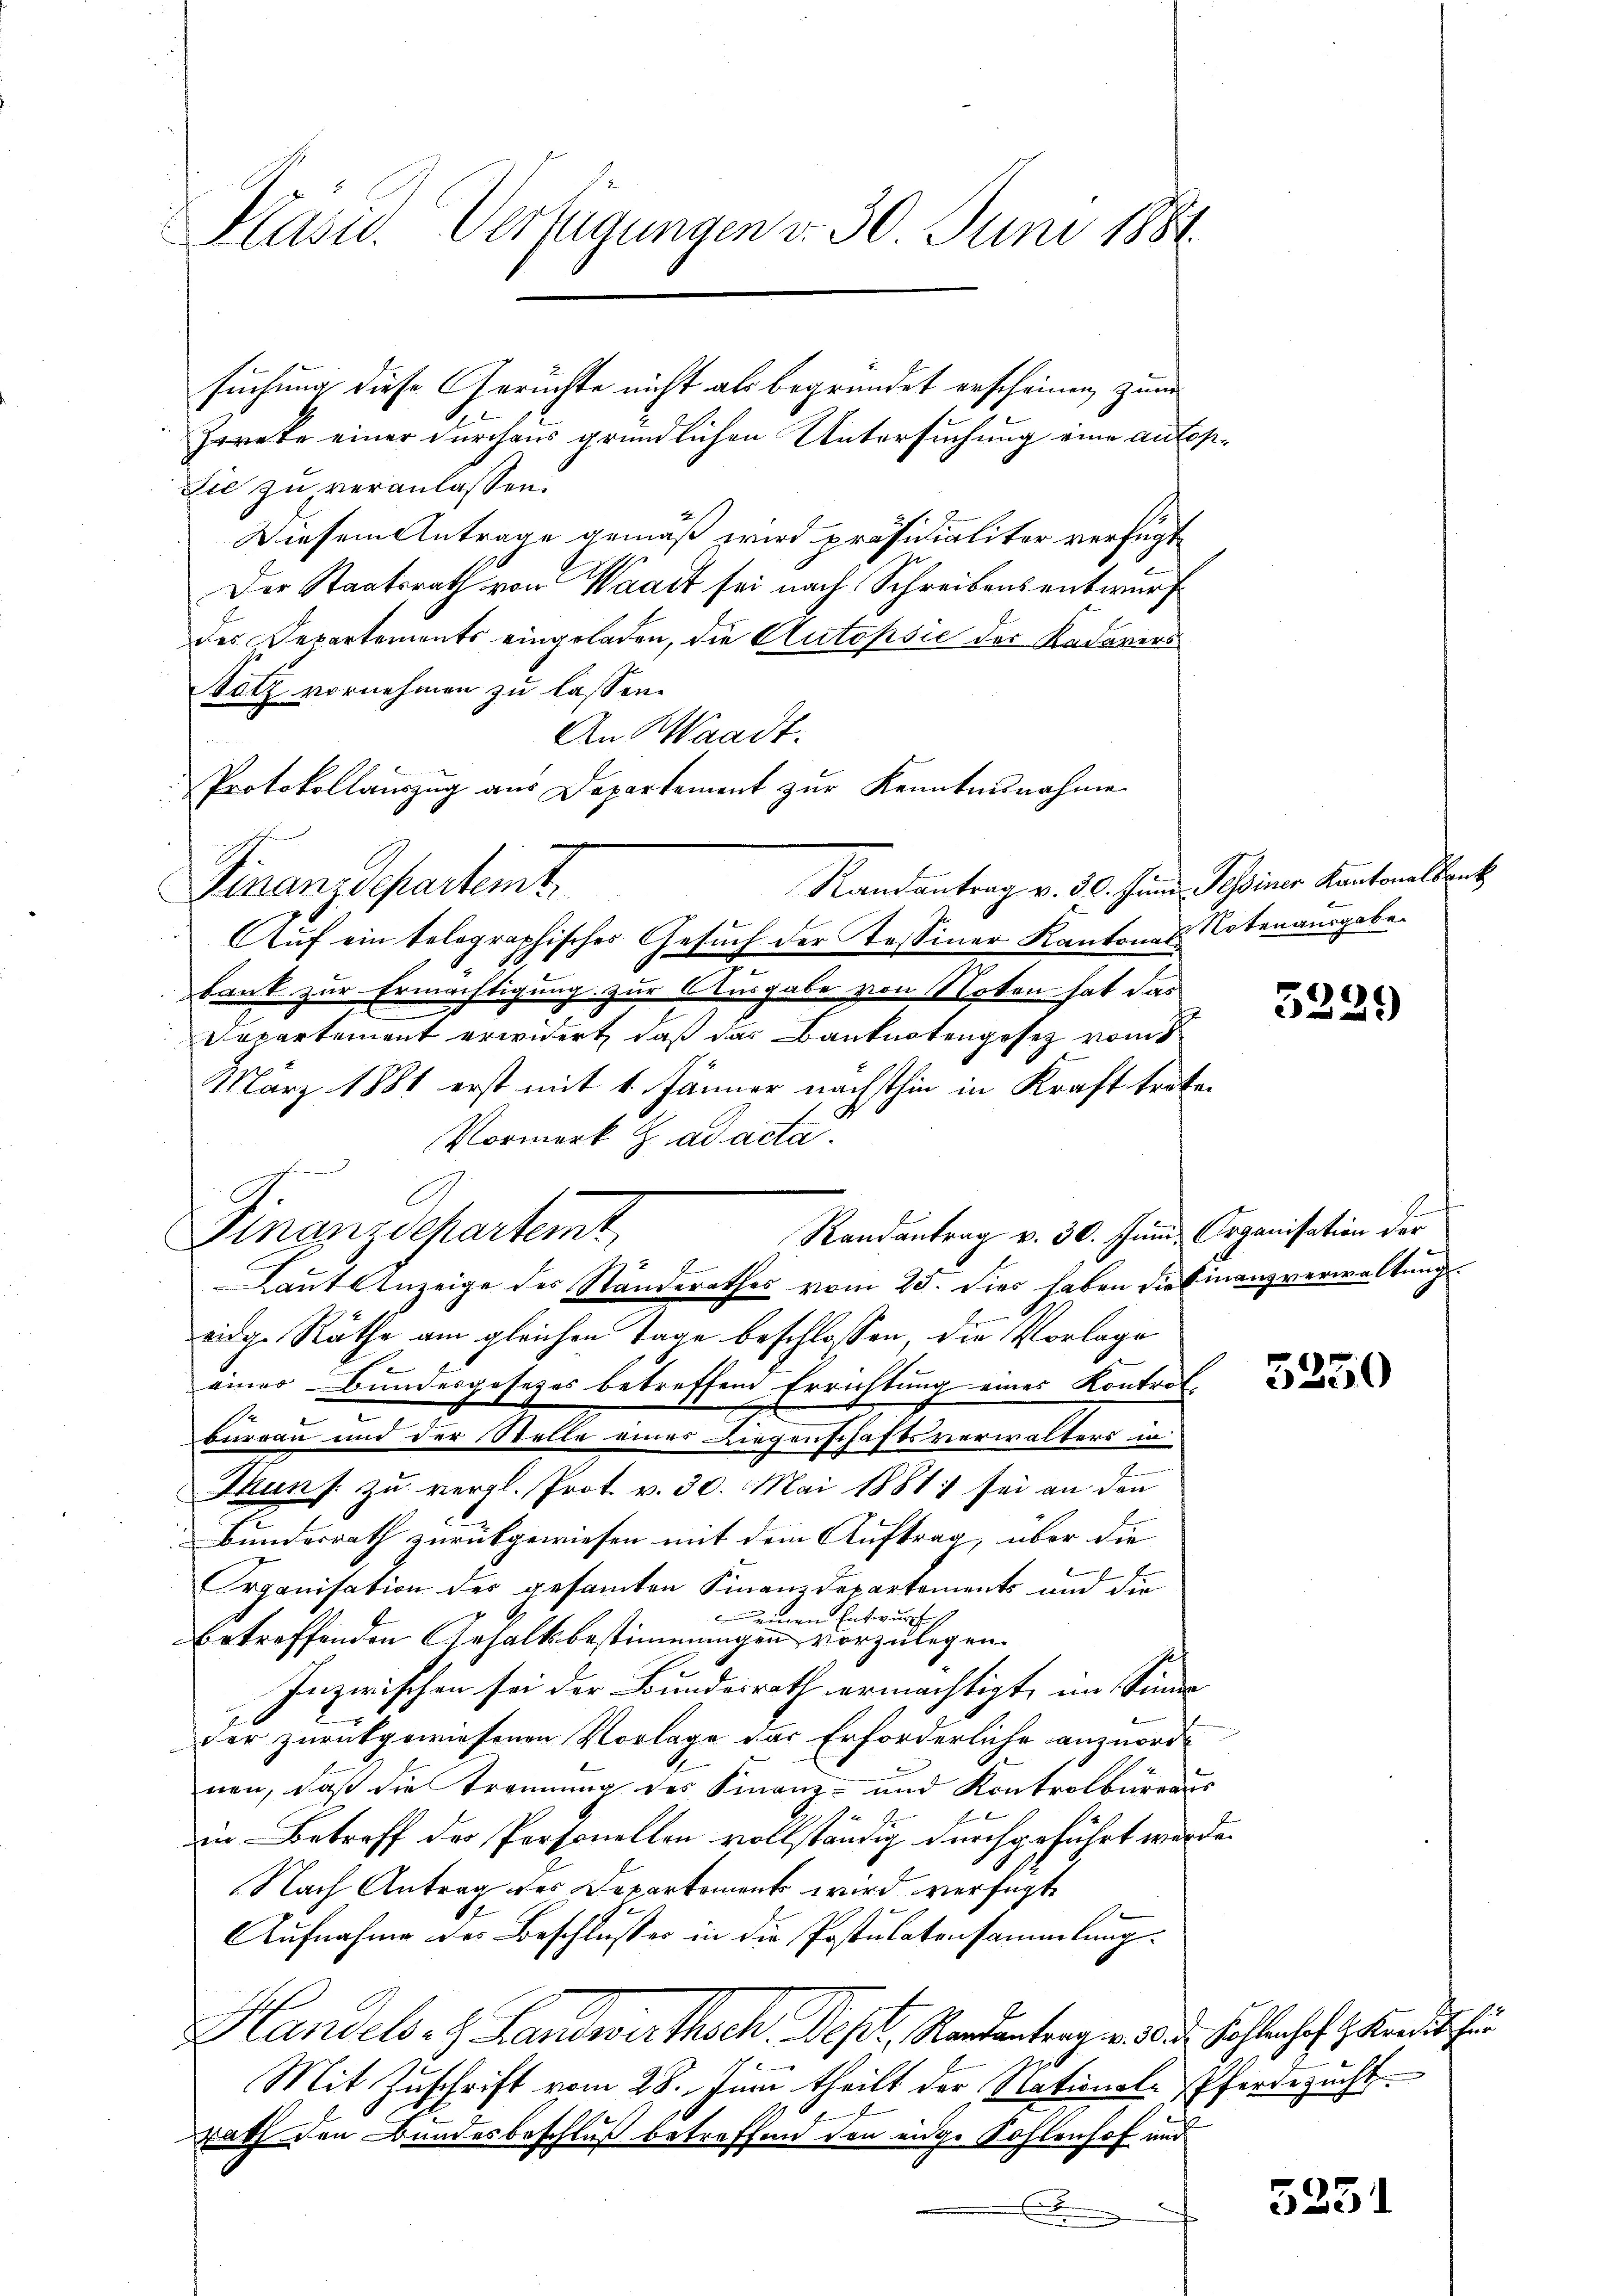
Kasid. Verfügungen v. 30. Juni 1884.

suchung diese Gerüchte nicht als begründet erscheinen, zum
Zwreke einer durchaus gründlichen Untersuchung eine anlop¬
Sie zu veranlassen.
Diesem Antrage gemäß wird präsidialiter verfügt
Der Staatsrath von Waadt sei nach Schreibensentwurf
des Departements eingeladen, die Autopsić der Kadavers
Notz vornehmen zu lassen.
An Waadt.
t
Protokollauszug aus Departement zur Kenntnisnahme
Finanz Separtemt
Auf ein telegraphisches Gesuch der Tessiner Kantones Notenausgabe.
bank zur Ermächtigung zur Ausgabe von Noten hat das
Departement erwidert, daß das Banknotengesetz vom
März 1881 erst mit 1. Jänner nächsthin in Kraft treten
Vormerk g ad acta.
Finanzdepartemt,
Randantrag v. 30. Juni Organisation der
Laut Anzeige des Standerathes vom 25. Dies haben die Finanzverwaltungseidge Räthe am gleichen Tage beschlossen, die Vorlage
einer Bundesgesetzes betreffend Errichtung eines Kontrol-
bureau und der Stelle einer Liegenschaftsverwalters in¬
Thuns. zu vergl. Prot. v. 30. Mai 1881 sei an den
Bundesrath zurückgewiesen mit dem Auftrag, über die
Organisation der gesamten Finanzdepartements und die
einen Entwurf
betreffenden Gehaltsbestimmungen vorzulegen.
Inzwischen sei der Bundesrath ermächtigt, im Sinner
der zurückgewiesenen Vorlage das Erforderliche anzuorde
nen, daß die Trennung des Finanz- und Kontrolbureaus
in Betreff der Personellen vollständig durchgeführt werde.
Nach Antrag des Departement wird verfügt,
Aufnahme der Beschlusses in die Postulatensammlung¬
Handels- H. Landwirthsch. Dept, Randentrag. 20. d. Kohlenhof I. Kredit für
76
Mit Zuschrift vom 28. Juni theilt der National-Pferdezucht
rath den Bundesbeschluß betreffend den eidge Kohlenhof und

Randantrag v. 30. Juni Pessiner Kantonalkanz

3229

3250

5251